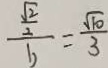
\frac { \frac { \sqrt { 2 } } { 2 } } { b } = \frac { \sqrt { 1 0 } } { 3 }